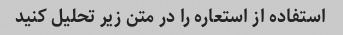
استفاده از استعاره را در متن زیر تحلیل کنید